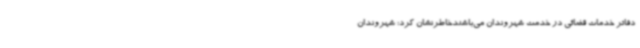
دفاتر خدمات قضائی در خدمت شهروندان می‌باشندخاطرنشان کرد: شهروندان